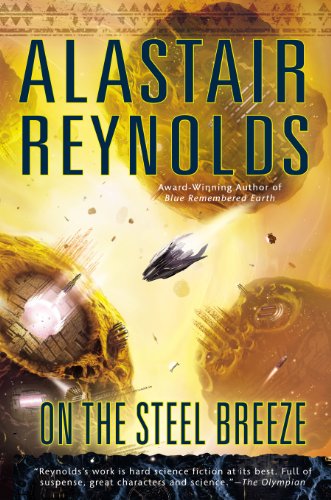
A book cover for On the Steel Breeze; Alastair Reynolds; Science Fiction & Fantasy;